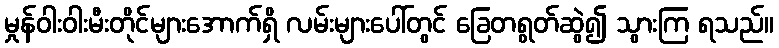
မှုန်ဝါးဝါးမီးတိုင်များအောက်ရှိ လမ်းများပေါ်တွင် ခြေတရွတ်ဆွဲ၍ သွားကြ ရသည်။